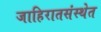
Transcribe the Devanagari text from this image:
जाहिरातसंस्थेत